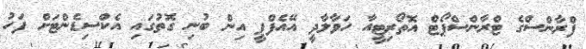
ފްރާންސްގެ ޓްރާންސްޕޯޓް އޮތޯރިޓީއާ ހަވާލާދީ އޭއެފްޕީ އިން ބުނި ގޮތުގައި އެކްސިޑެންޓަށް ފަހު